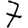
Digit: 7